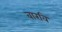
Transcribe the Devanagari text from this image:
बारवि